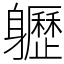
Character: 𨊛